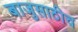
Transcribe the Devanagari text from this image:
बाजुसाठीच